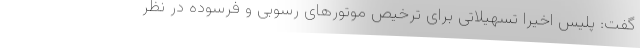
گفت: پلیس اخیرا تسهیلاتی برای ترخیص موتور‌های رسوبی و فرسوده در نظر